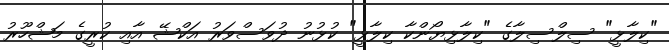
"ކިލާޅީ" ސިލްސިލާގެ "ކިލާޅިޔޯންކާ ކިލާޅީ" ކުޅުނު ދުވަސްވަރު އަކްޝޭ އާއި ކުރީގެ މަޝްހޫރު